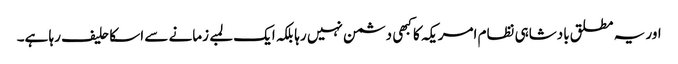
اور یہ مطلق بادشاہی نظام امریکہ کا کبهی دشمن نہیں رہا بلکہ ایک لمبے زمانے سے اسکا حلیف رہا ہے۔